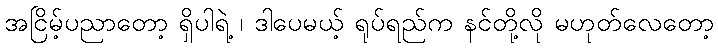
အငြိမ့်ပညာတော့ ရှိပါရဲ့ ၊ ဒါပေမယ့် ရုပ်ရည်က နင်တို့လို မဟုတ်လေတော့